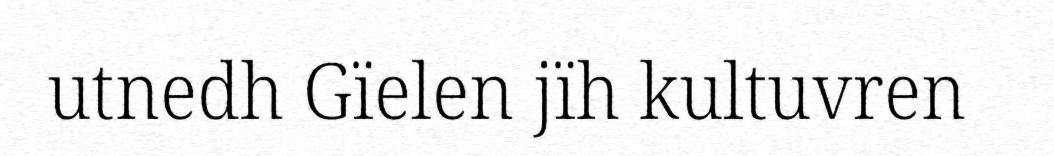
utnedh Gïelen jïh kultuvren